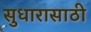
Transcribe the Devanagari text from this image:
सुधारासाठी